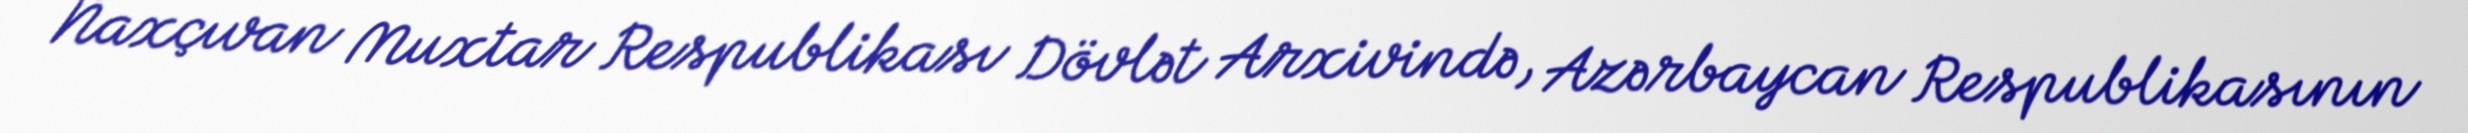
Naxçıvan Muxtar Respublikası Dövlət Arxivində, Azərbaycan Respublikasının